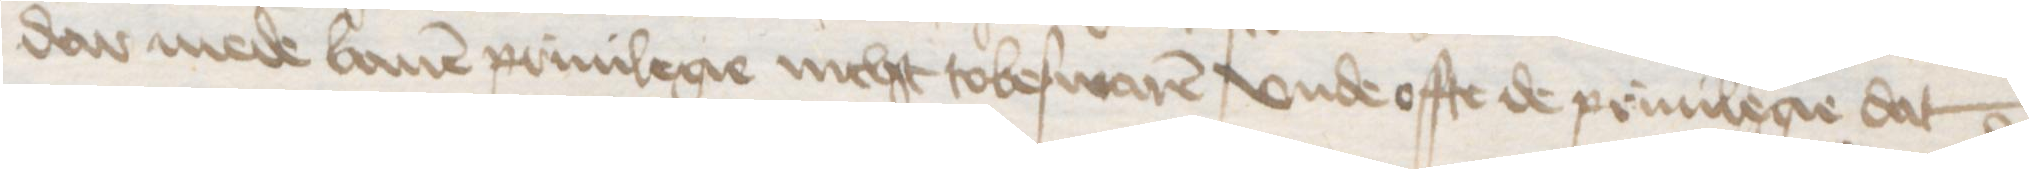
dar mede bauen priuilegie nicht tobeswaren vnde offte de priuilegie dat